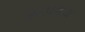
રૂપકડા